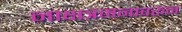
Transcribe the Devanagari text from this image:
नाक्षत्रमनावरून